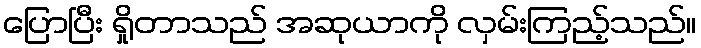
ပြောပြီး ရှိုတာသည် အဆုယာကို လှမ်းကြည့်သည်။